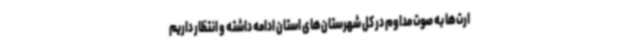
ارت‌ها به صوت مداوم در کل شهرستان‌های استان ادامه داشته و انتظار داریم